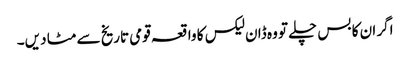
اگر ان کا بس چلے تو وہ ڈان لیکس کا واقعہ قومی تاریخ سے مٹا دیں۔